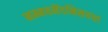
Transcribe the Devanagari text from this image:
नम्मवनेंदनिसयया